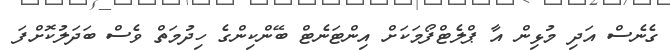
ގެނެސް އަދި މުޅިން އާ ޕްލެޓްފޯމަކަށް އިންޓަނެޓް ބޭންކިންގެ ހިދުމަތް ވެސް ބަދަލުކޮށްފަ